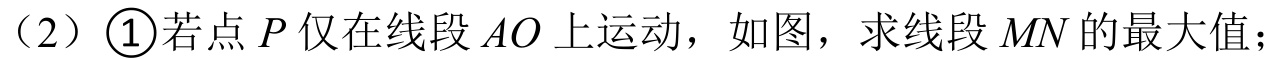
（2）\(\textcircled{1}\)若点\(P\)仅在线段\(AO\)上运动，如图，求线段\(MN\)的最大值；